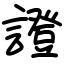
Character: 證